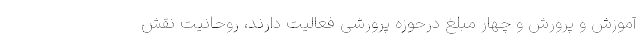
آموزش و پرورش و چهار مبلغ درحوزه پرورشی فعالیت دارند، روحانیت نقش